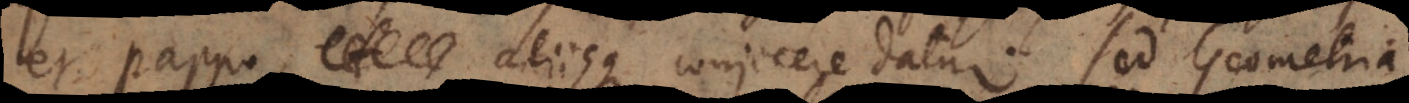
et Pappo, aliisque conjicere datur. Sed Geometria